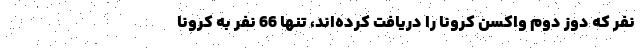
نفر که دوز دوم واکسن کرونا را دریافت کرده‌اند، تنها 66 نفر به کرونا